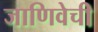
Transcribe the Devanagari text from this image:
जाणिवेची